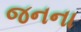
જનના